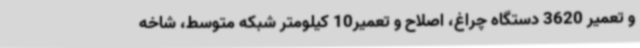
و تعمیر 3620 دستگاه چراغ، اصلاح و تعمیر10 کیلومتر شبکه متوسط، شاخه